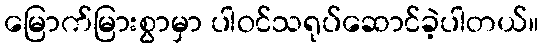
မြောက်မြားစွာမှာ ပါဝင်သရုပ်ဆောင်ခဲ့ပါတယ်။